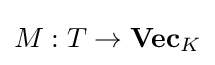
M:T\to \mathbf {Vec} _{K}